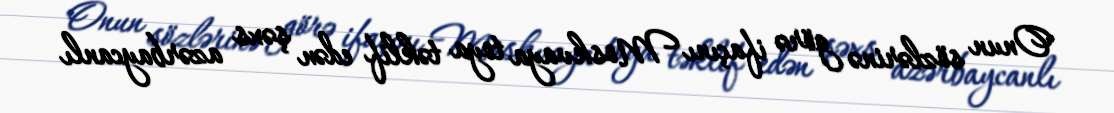
Onun sözlərinə görə ifaçını Moskvaya toya təklif edən şəxs azərbaycanlı